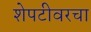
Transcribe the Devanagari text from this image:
शेपटीवरचा